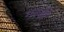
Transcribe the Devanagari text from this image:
गरजीं